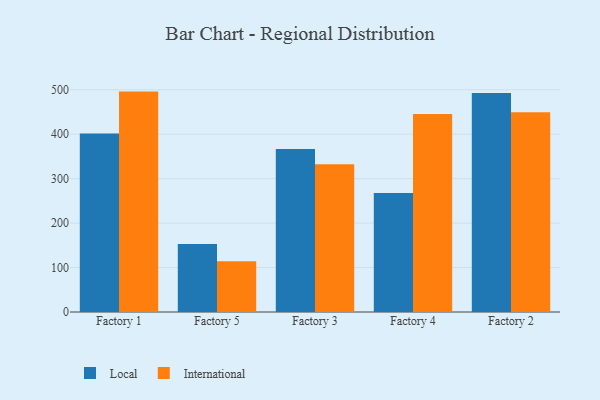
{"axis": {"x": "Factory", "y": "Waste Production (Tons)"}, "legend": ["International", "Local"], "data": [{"x": "Factory 1", "y": 401.8, "type": "Local"}, {"x": "Factory 1", "y": 495.9, "type": "International"}, {"x": "Factory 5", "y": 153.0, "type": "Local"}, {"x": "Factory 5", "y": 114.1, "type": "International"}, {"x": "Factory 3", "y": 366.5, "type": "Local"}, {"x": "Factory 3", "y": 332.4, "type": "International"}, {"x": "Factory 4", "y": 267.5, "type": "Local"}, {"x": "Factory 4", "y": 445.5, "type": "International"}, {"x": "Factory 2", "y": 492.5, "type": "Local"}, {"x": "Factory 2", "y": 449.2, "type": "International"}]}